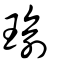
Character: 瑜